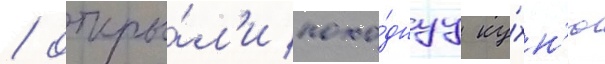
/ откры́л'и похо́днуу ку́хн'ю